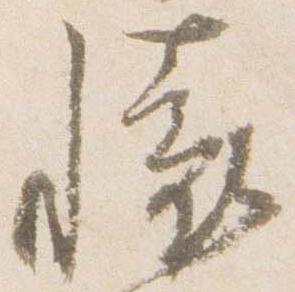
懷